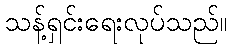
သန့်ရှင်းရေးလုပ်သည်။